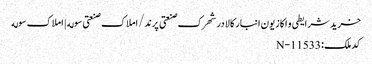
خرید شرایطی و اکازیون انبار کالا در شهرک صنعتی پرند/املاک صنعتی سوله | املاک سوله
کد ملک: N-11533